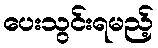
ပေးသွင်းရမည့်